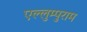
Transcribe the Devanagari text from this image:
एल्लुम्पुराम